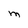
Character: M